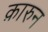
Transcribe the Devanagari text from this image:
क़ारुन